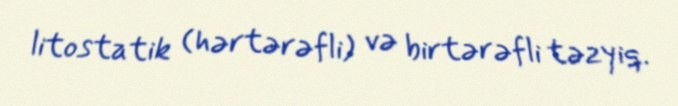
litostatik (hərtərəfli) və birtərəfli təzyiq.